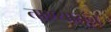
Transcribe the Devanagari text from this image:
ताण्यातून